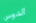
الدوس